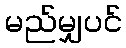
မည်မျှပင်